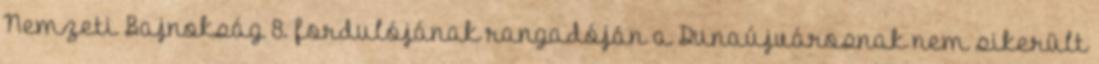
Nemzeti Bajnokság 8. fordulójának rangadóján a Dunaújvárosnak nem sikerült